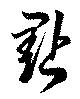
点